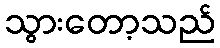
သွားတော့သည်